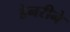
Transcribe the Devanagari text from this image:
हेनरीने